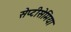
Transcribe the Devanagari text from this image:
सेप्टीसेमिया